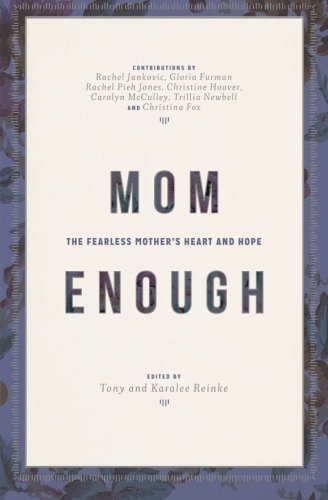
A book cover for Mom Enough: The Fearless Mother's Heart and Hope; Desiring God; Parenting & Relationships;